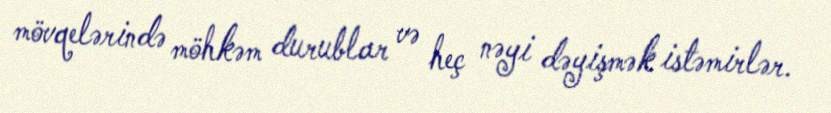
mövqelərində möhkəm durublar və heç nəyi dəyişmək istəmirlər.